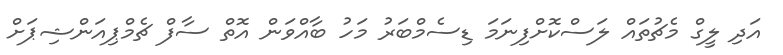
އަދި ލީގް މެޗުތައް ލަސްކޮށްފިނަމަ ޑިސެމްބަރު މަހު ބާއްވަން އޮތް ސާފް ޗެމްޕިއަންޝިޕަށް